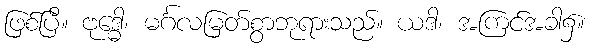
ဖြစ်ပြီ။ ဗုဒ္ဓေါ၊ မင်္ဂလမြတ်စွာဘုရားသည်။ ယဒါ၊ အကြင်အခါ၌။